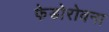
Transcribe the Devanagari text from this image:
फेडोरोवना